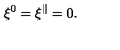
\xi ^ { 0 } = \xi ^ { \parallel } = 0 .